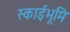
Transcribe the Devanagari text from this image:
स्काईभूमि